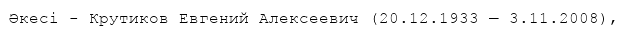
Әкесі - Крутиков Евгений Алексеевич (20.12.1933 — 3.11.2008),